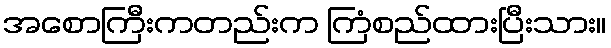
အစောကြီးကတည်းက ကြံစည်ထားပြီးသား။